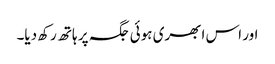
اور اس ابھری ہوئی جگہ پر ہاتھ رکھ دیا۔